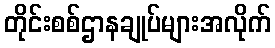
တိုင်းစစ်ဌာနချုပ်များအလိုက်